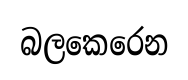
බලකෙරෙන